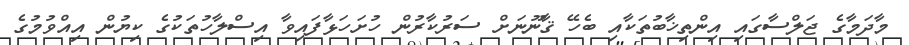
މާދަމާގެ ޖަލްސާގައި އިންތިޚާބުތަކާއި ބެހޭ ޤާނޫނަށް ސަރުކާރުން ހުށަހަޅާފައިވާ އިސްލާހުތަކުގެ ކިޔުން އިއްވުމުގެ